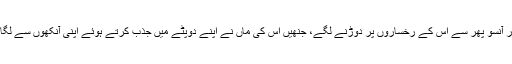
‘ اور آنسو پھر سے اس کے رخساروں پر دوڑنے لگے، جنھیں اس کی ماں نے اپنے دوپٹے میں جذب کرتے ہوئے اپنی آنکھوں سے لگا لیا۔